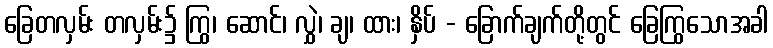
ခြေတလှမ်း တလှမ်း၌ ကြွ၊ ဆောင်၊ လွှဲ၊ ချ၊ ထား၊ နှိပ် - ခြောက်ချက်တို့တွင် ခြေကြွသောအခါ